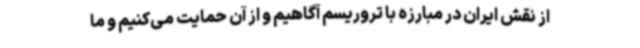
از نقش ایران در مبارزه با تروریسم آگاهیم و از آن حمایت می‌کنیم و ما